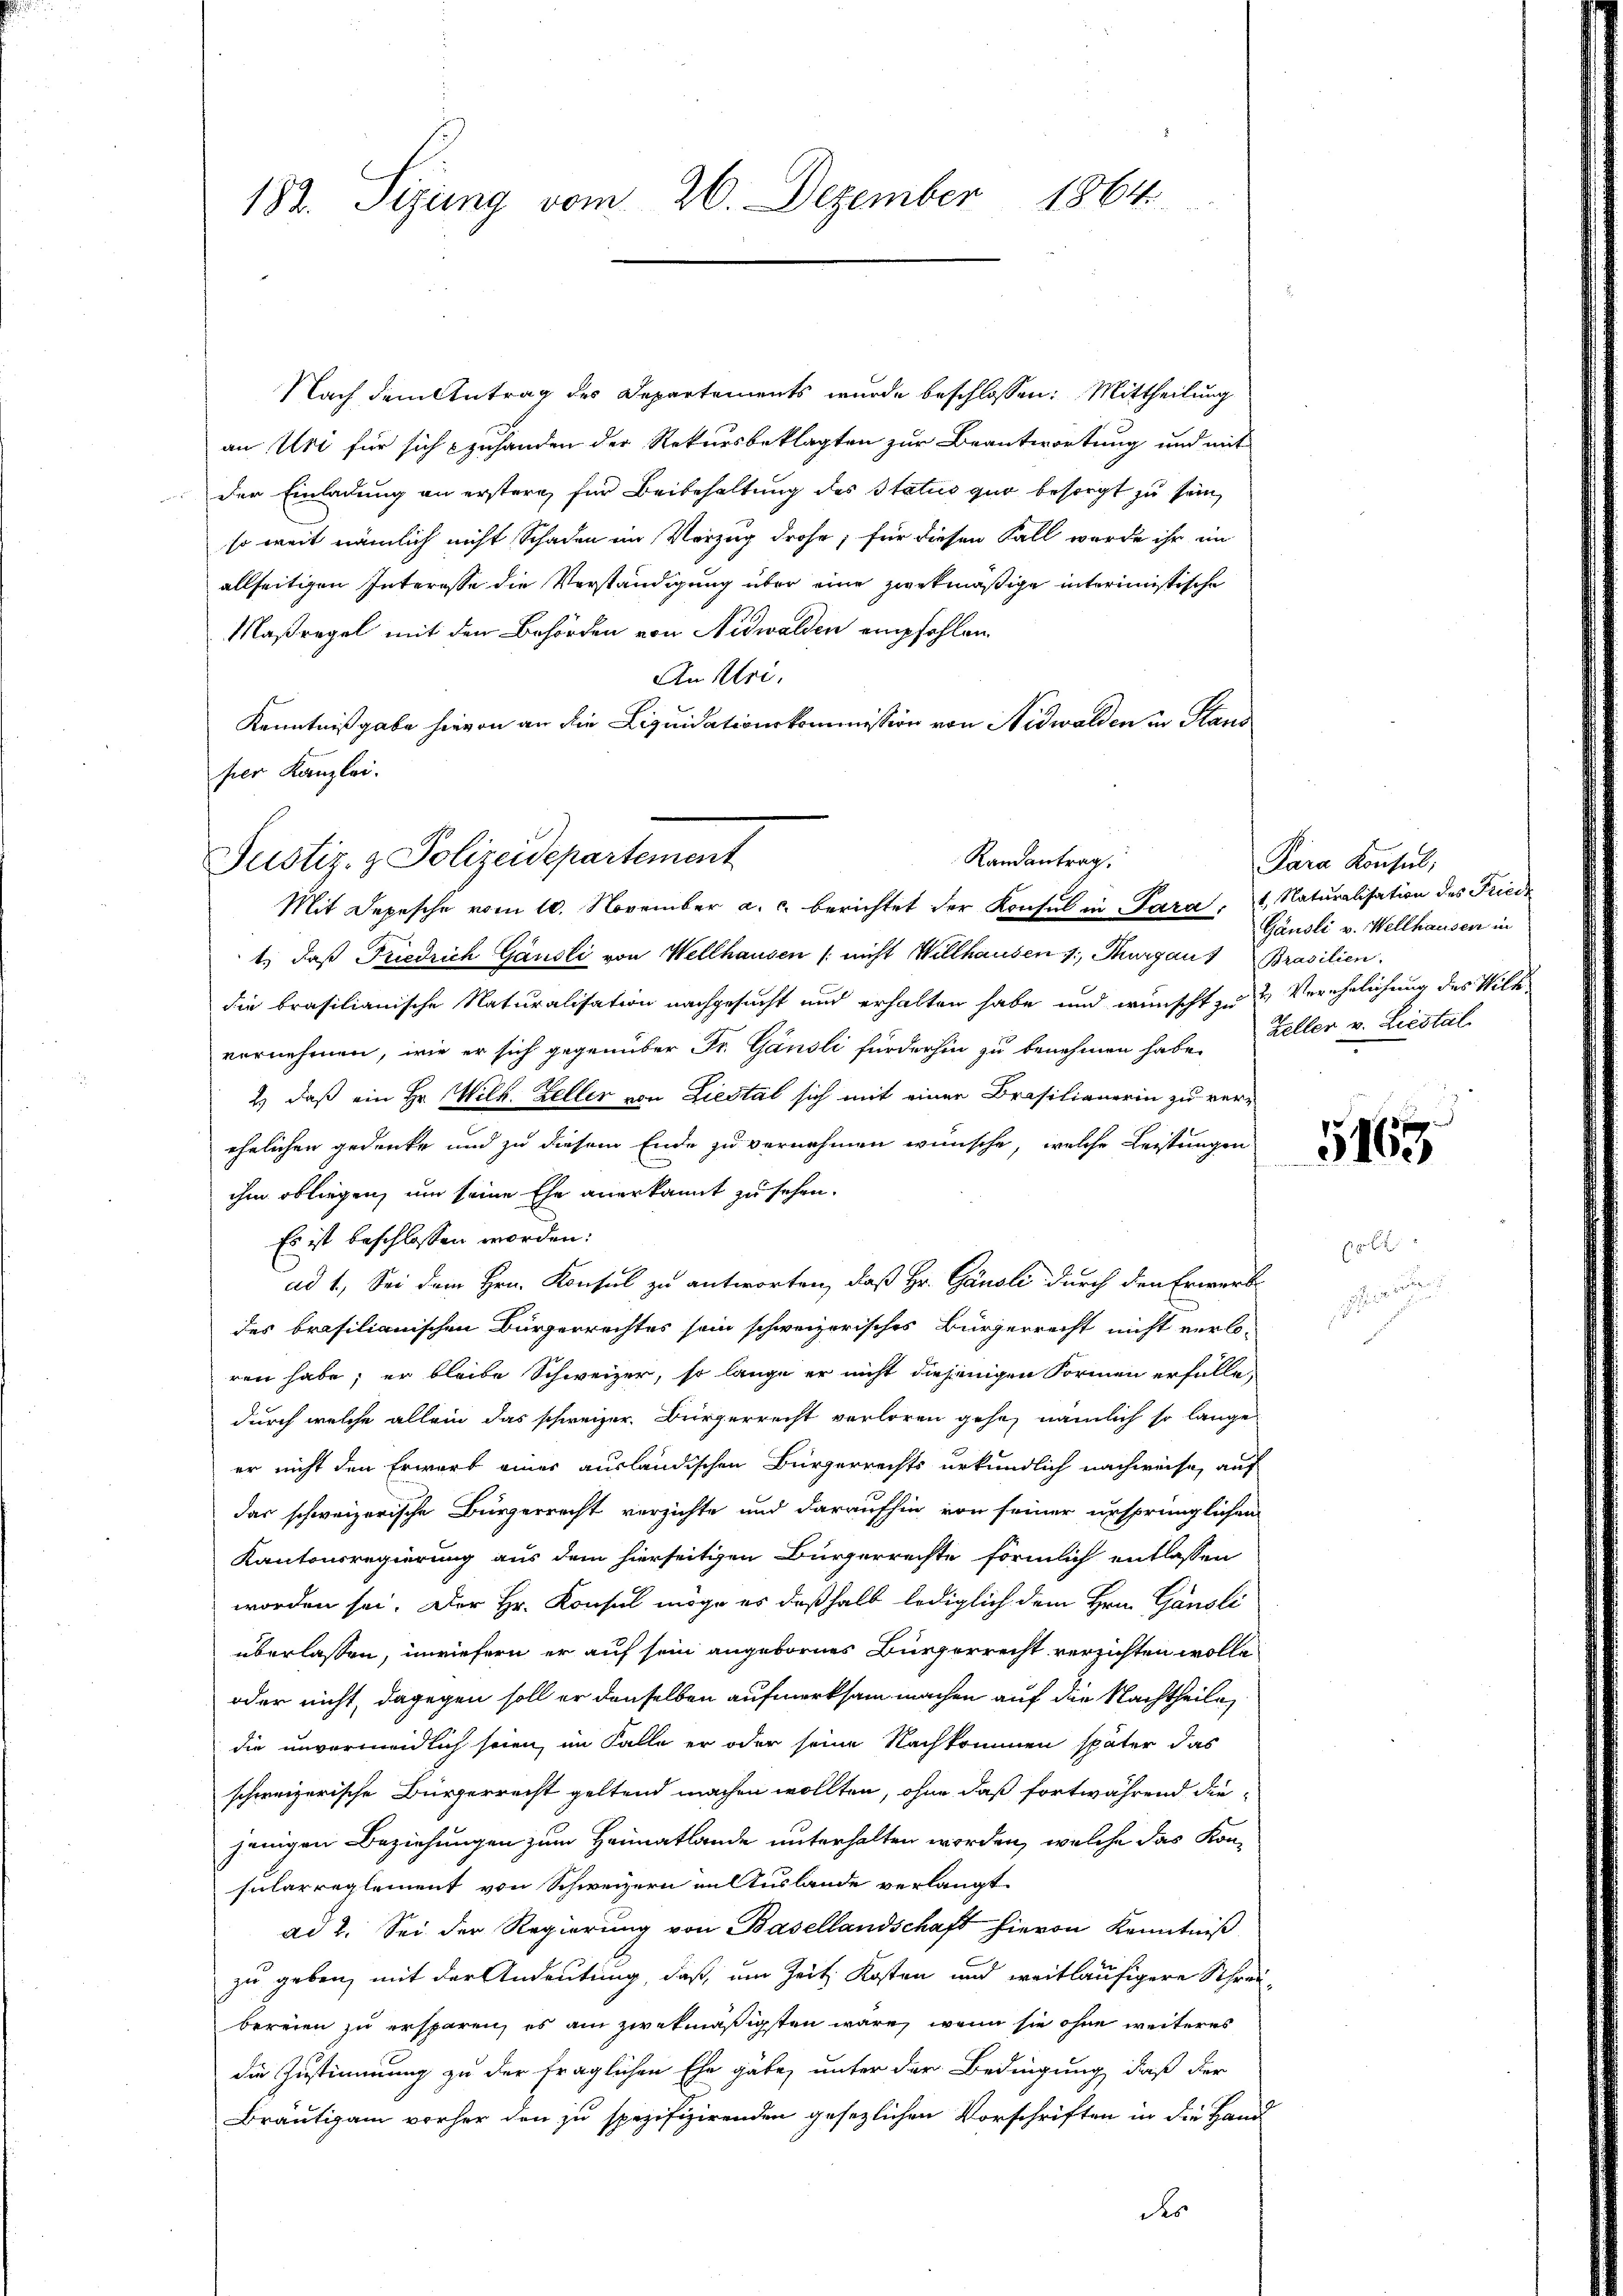
182. Sigung vom 26. Dezember 1864

Nach dem Antrag des Departements wurde beschlossen: Mittheilung
an Uri für sich zuhanden der Rekursbeklagten zur Beantwortung und mit
der Einladung an erstern, für Beibehaltung des Status quo besorgt zu sein,
so weit nämlich nicht Schaden im Verzug drohe, für diesen Fall wurde ihr im
allseitigen Interesse die Verständigung über eine zwekmäßige interimistische
Maßregel mit den Behörden von Nidwalden empfehlen.
An Uri,
Kenntnißgabe hievon an die Liquidationskommission von Nidwalden in Stand
hier Kanzlei.

Justiz- & Polizeidepartement

1., daß Friedrich Gänsli von Wellhausen / nicht Willhausen 1, Thurgau Brasilien.
die brasilianische Naturalisation nachgesucht und erhalten habe und wünscht zu & Verehelichung des Wilt
vornehmen, wie er sich gegenüber Fr. Gänsli fürderhin zu benehmen habe, Zeller v. Liestal
2.) daß ein Hr. Wilh. Zeller von Liestal sich mit einer Brasilienerin zu verehelichen gedenke und zu diesem Ende zu vernehmen wünsche, welche Leistungen
ihm obliegen, um seine Ehe anerkannt zu sehen.
Es ist beschlossen worden:
ad 1, Sei dem Hrn. Konsul zu antworten, daß Hr. Gänsli durch den Erwerb
des brasilianischen Bürgerrechtes sein schweizerisches Bürgerrecht nicht verlo-
ren habe; er bleibe Schweizer, so lange er nicht diejenigen Formen erfalle
durch welche allein das schweizer. Bürgerrecht verloren gehe, nämlich so lange
er nicht den Erwart einer ausländischen Bürgerrechts urkundlich nachweise, auf
das schweizerische Bürgerrecht verzichte und daraufhin von seiner ursprünglichen
Kantonsregierung aus dem hierseitigen Bürgerrechte förmlich entlassen
worden sei. Der Hr. Konsul möge es deßhalb lediglich dem Hrn. Gänsli
überlassen, inwiefern er auf sein angebornes Bürgerrecht verzichten wolle,
oder nicht, dagegen soll er denselben aufmerksam machen auf die Nachtheile
die unvermeidlich seien, im Falle er oder seine Nachkommen später das
schweizerische Bürgerrecht geltend machen wollten, ohne daß fortwährend diejenigen Beziehungen zum Heimatlande unterhalten worden, welche das Kon-
sularreglement von Schweizern mit Auslande verlangt.
ad 2. Sei der Regierung von Basellandschaft hievon Kenntniß
zu geben, mit der Andeutung, daß, um Zeit Kosten und weitläufigere Schrei-
bereien zu ersparen, es am zwekmäßigsten wäre, wenn sie ohne weiteres
die Zustimmung zu der fraglichen Ehe gäbe, unter der Bedingung, daß der
Bräutigam vorher den zu spezifizirenden gesezlichen Vorschriften in die Hand
des

Randantrag.
Mit Depesche vom 10. November a. c. berichtet der Konsul in Para, 1. Naturalisation des Friede

Para Konsul,
Gändli v. Wellhausen in

5163.

e